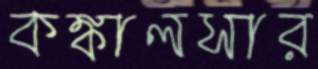
কঙ্কালসার